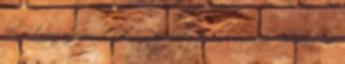
be, a tárgy azon oldalát, felületét védi amelyre fölkenték.